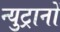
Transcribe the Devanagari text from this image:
न्युट्रानों